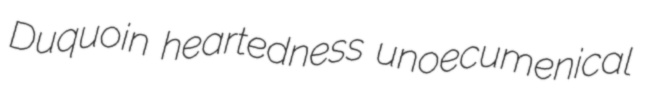
Duquoin heartedness unoecumenical